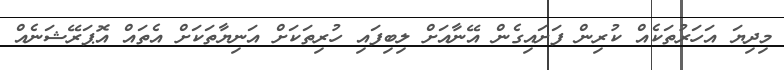
މިދިޔަ އަހަރުތަކެއް ކުރިން ފަށައިގެން އޭނާއަށް ލިބިފައި ހުރިތަކަށް އަނިޔާތަކަށް އެތައް އޮޕަރޭޝަނެއް